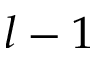
l - 1